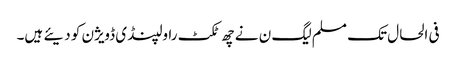
فی الحال تک مسلم لیگ ن نے چھ ٹکٹ راولپنڈی ڈویژن کو دیئے ہیں۔